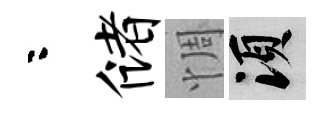
咯储惆須